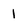
Character: I